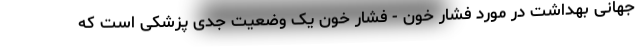
جهانی بهداشت در مورد فشار خون - فشار خون یک وضعیت جدی پزشکی است که